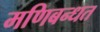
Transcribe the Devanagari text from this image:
मणिबन्धत